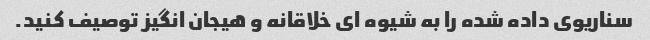
سناریوی داده شده را به شیوه ای خلاقانه و هیجان انگیز توصیف کنید.